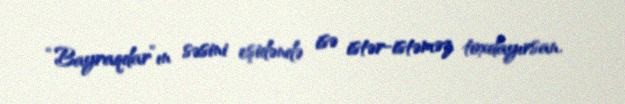
“Bayraqdar”ın səsini eşidəndə isə istər-istəməz toxdayırsan.